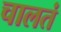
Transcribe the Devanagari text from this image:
चालतं